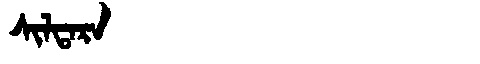
Manchu: ᠰᡳᠯᡨᠠᡵᠠ
Romanization: SILTARA